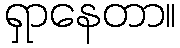
ရှာနေတာ။